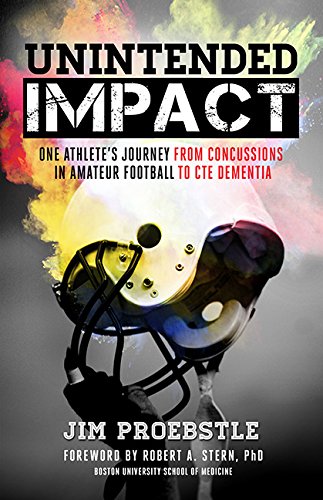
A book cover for Unintended Impact: One Athlete's Journey from Concussions in Amateur Football to CTE Dementia; Jim Proebstle; Biographies & Memoirs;